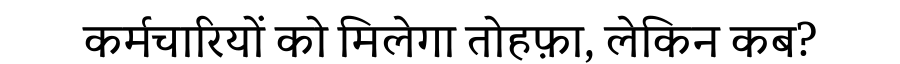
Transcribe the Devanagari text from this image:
कर्मचारियों को मिलेगा तोहफ़ा, लेकिन कब?